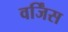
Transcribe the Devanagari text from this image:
वर्जिंस